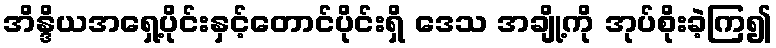
အိန္ဒိယအရှေ့ပိုင်းနှင့်တောင်ပိုင်းရှိ ဒေသ အချို့ကို အုပ်စိုးခဲ့ကြ၍